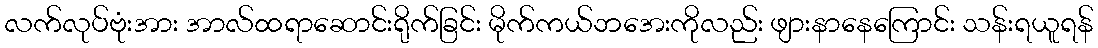
လက်လုပ်ဗုံးအား အာလ်ထရာဆောင်းရိုက်ခြင်း မိုက်ကယ်ဘအေးကိုလည်း ဖျားနာနေကြောင်း သန်းရယူရန်